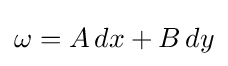
\omega =A\,dx+B\,dy